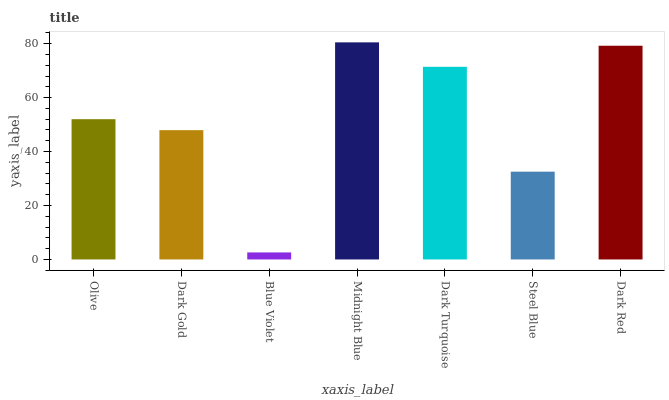
| xaxis_label | bars |
 | --- | --- |
 | Olive | 52 |
 | Dark Gold | 47.9 |
 | Blue Violet | 2.6 |
 | Midnight Blue | 80.5 |
 | Dark Turquoise | 71.4 |
 | Steel Blue | 32.5 |
 | Dark Red | 79.2 |